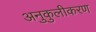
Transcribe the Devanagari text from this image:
अनुकुलीकरण